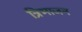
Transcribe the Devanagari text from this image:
त्रिभाजन